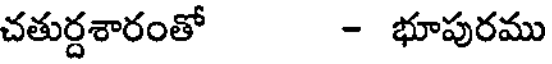
చతుర్దశారంతో - భూపురము